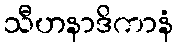
သီဟနာဒိကာနံ